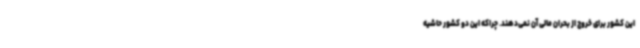
این کشور برای خروج از بحران مالی آن نمی‌دهند. چراکه این دو کشور حاشیه